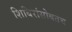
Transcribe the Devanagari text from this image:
शिबिरांसोबतच